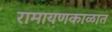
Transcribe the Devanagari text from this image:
रामायणकाळात